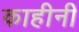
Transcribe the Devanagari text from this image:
काहीनी